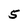
Character: 5